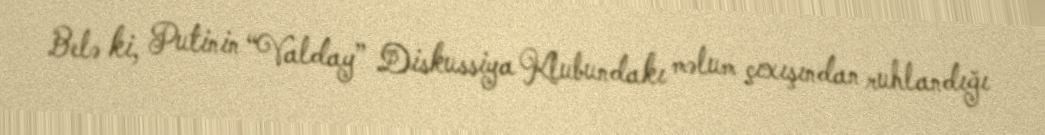
Belə ki, Putinin “Valday” Diskussiya Klubundakı məlum çıxışından ruhlandığı